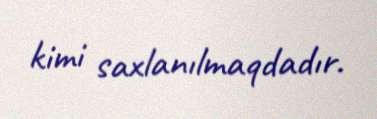
kimi saxlanılmaqdadır.